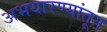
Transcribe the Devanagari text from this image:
अभयारण्यांतून